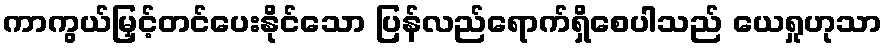
ကာကွယ်မြှင့်တင်ပေးနိုင်သော ပြန်လည်ရောက်ရှိစေပါသည် ယေရှုဟုသာ